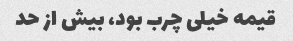
قیمه خیلی چرب بود، بیش از حد